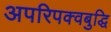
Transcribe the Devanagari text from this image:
अपरिपक्वबुद्धि